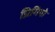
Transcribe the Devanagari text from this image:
प्रिगियो